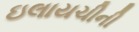
ઇલાયચીની